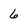
Character: 6